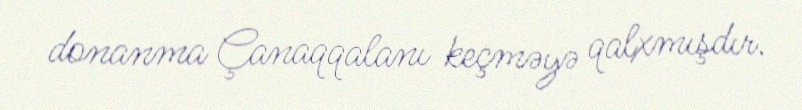
donanma Çanaqqalanı keçməyə qalxmışdır.